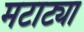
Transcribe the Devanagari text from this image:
मटाट्या